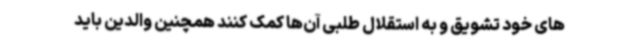
‌های خود تشویق و به استقلال طلبی آن‌ها کمک کنند همچنین والدین باید